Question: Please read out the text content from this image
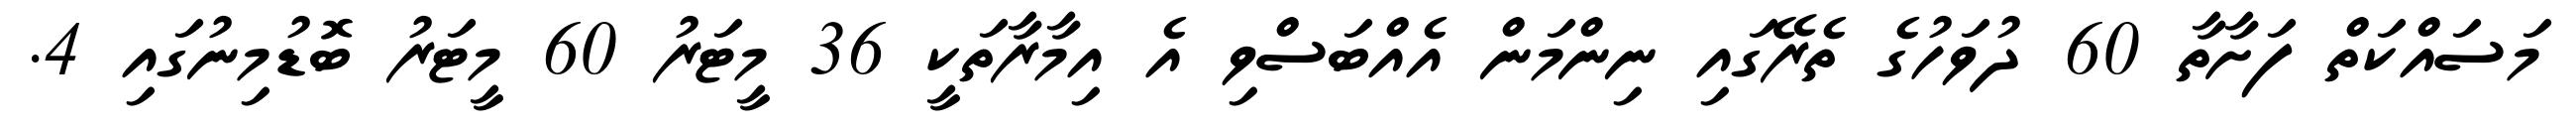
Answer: މަސައްކަތް ފަށާތާ 60 ދުވަހުގެ ތެރޭގައި ނިންމަން އެއްބަސްވި އެ އިމާރާތަކީ 36 މީޓަރު 60 މީޓަރު ބޮޑުމިނުގައި 4.